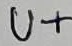
Text: U+